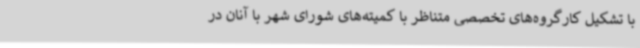
با تشکیل کارگروه‌های تخصصی متناظر با کمیته‌های شورای شهر با آنان در